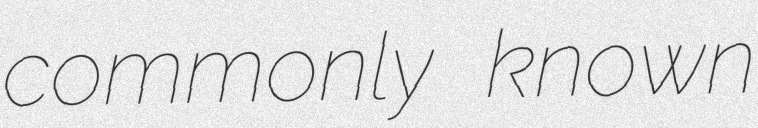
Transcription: commonly known